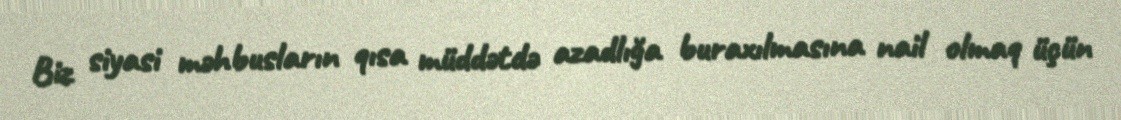
Biz siyasi məhbusların qısa müddətdə azadlığa buraxılmasına nail olmaq üçün